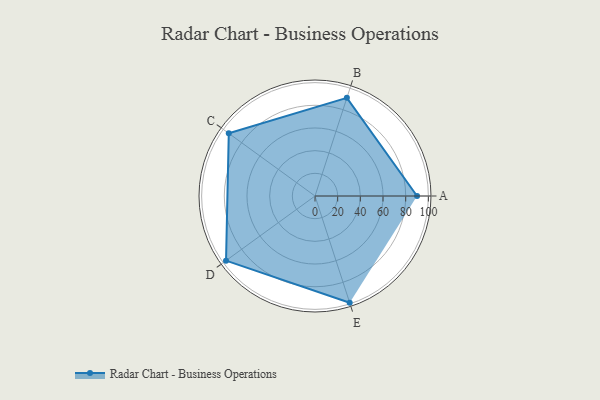
{"axis": {"x": "Skill", "y": "Score"}, "legend": ["Profile"], "data": [{"x": "A", "y": 90.0, "type": "Profile"}, {"x": "B", "y": 91.0, "type": "Profile"}, {"x": "C", "y": 94.0, "type": "Profile"}, {"x": "D", "y": 97.0, "type": "Profile"}, {"x": "E", "y": 99, "type": "Profile"}]}